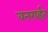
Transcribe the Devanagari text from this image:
वनरार्इत